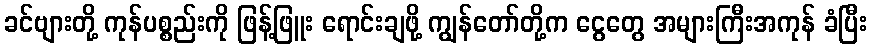
ခင်ဗျားတို့ ကုန်ပစ္စည်းကို ဖြန့်ဖြူး ရောင်းချဖို့ ကျွန်တော်တို့က ငွေတွေ အများကြီးအကုန် ခံပြီး